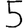
Digit: 5